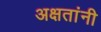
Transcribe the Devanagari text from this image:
अक्षतांनी